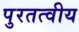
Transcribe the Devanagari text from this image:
पुरतत्वीय